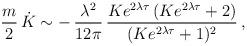
LaTeX: \begin{align*}\frac{m}{2}\,\dot{K} \sim -\,\frac{\lambda^{2}}{12\pi}\,\frac{Ke^{2\lambda \tau}\,(Ke^{2\lambda \tau}+2)}{(Ke^{2\lambda \tau}+1)^{2}} \,,\end{align*}